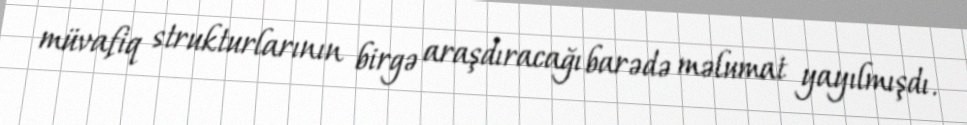
müvafiq strukturlarının birgə araşdıracağı barədə məlumat yayılmışdı.